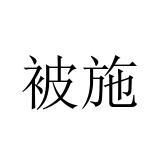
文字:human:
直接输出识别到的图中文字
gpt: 被施